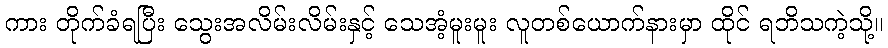
ကား တိုက်ခံရပြီး သွေးအလိမ်းလိမ်းနှင့် သေအံ့မူးမူး လူတစ်ယောက်နားမှာ ထိုင် ရဘိသကဲ့သို့။